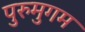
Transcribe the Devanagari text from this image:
पुरुमुगम